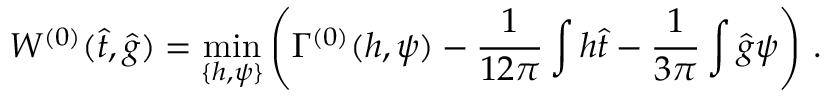
W ^ { ( 0 ) } ( \hat { t } , \hat { g } ) = \operatorname * { m i n } _ { \{ h , \psi \} } \left( \Gamma ^ { ( 0 ) } ( h , \psi ) - \frac { 1 } { 1 2 \pi } \int h \hat { t } - \frac { 1 } { 3 \pi } \int \hat { g } \psi \right) \, .